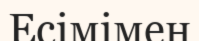
Есімімен